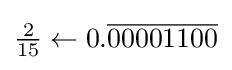
{\tfrac {2}{15}}\gets 0.{\overline {00001100}}